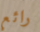
رائع